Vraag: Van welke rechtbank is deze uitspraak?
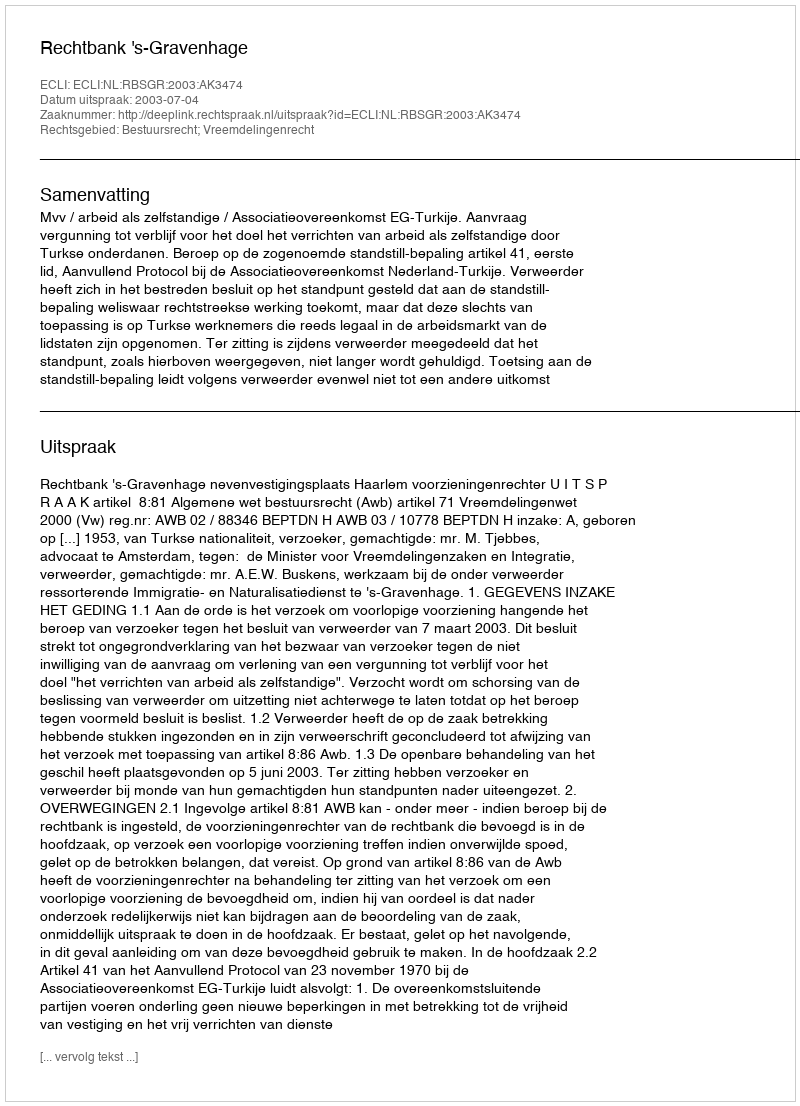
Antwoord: Rechtbank 's-Gravenhage